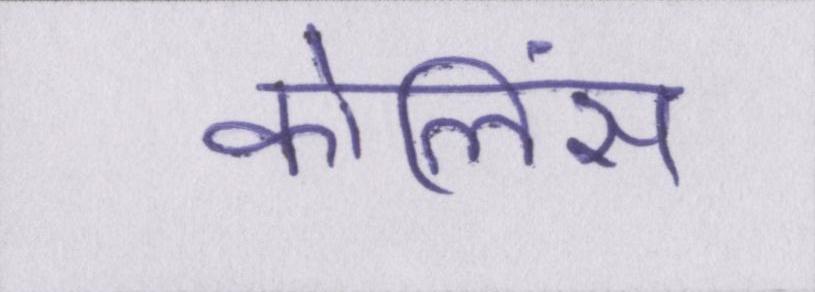
कोलिंस